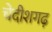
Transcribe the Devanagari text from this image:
चेदीशगढ़